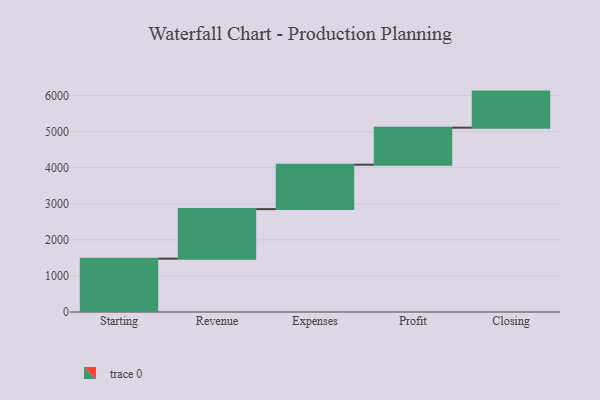
{"axis": {"x": "Step", "y": "Value"}, "legend": [""], "data": [{"x": "Starting", "y": 1479.0, "type": ""}, {"x": "Revenue", "y": 1374.0, "type": ""}, {"x": "Expenses", "y": 1232.0, "type": ""}, {"x": "Profit", "y": 1027.0, "type": ""}, {"x": "Closing", "y": 1000, "type": ""}]}